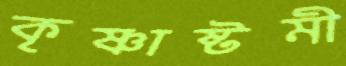
কৃষ্ণাষ্টমী